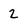
Character: 2